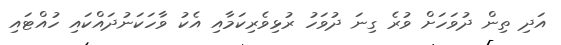
އަދި ތިން ދުވަހަށް ވުރެ ގިނަ ދުވަހު ރުޅިވެރިކަމާއި އެކު ވާހަކަނުދައްކައި ހުއްޓައި